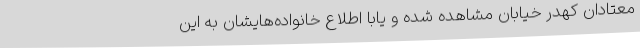
معتادان کهدر خیابان مشاهده شده و یابا اطلاع خانواده‌هایشان به این